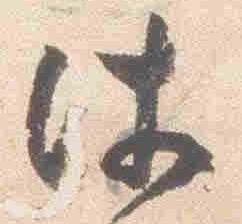
件